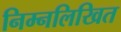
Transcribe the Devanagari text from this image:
निम्‍नलिखित